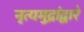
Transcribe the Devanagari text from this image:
नृत्यमुद्रांद्वारे